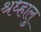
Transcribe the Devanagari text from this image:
श्रध्हालु